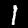
Digit: 1